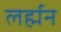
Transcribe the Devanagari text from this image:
लर्ह्मन